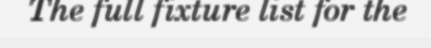
The full fixture list for the